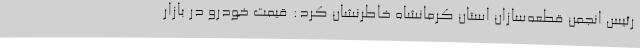
رئیس انجمن قطعه‌سازان استان کرمانشاه خاطرنشان کرد: قیمت خودرو در بازار